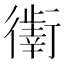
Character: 𰳯